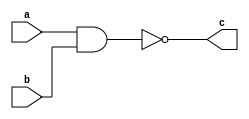
/**
 * @ Author: German Cano Quiveu, germancq
 * @ Create Time: 2019-11-13 16:53:57
 * @ Modified by: Your name
 * @ Modified time: 2019-11-14 12:23:02
 * @ Description:
 */

module nand_gate (
    a,
    b,
    c
);

    parameter N = 1;

    input [N-1:0] a;
    input [N-1:0] b;
    output [N-1:0] c;

    assign c = ~(a & b);

endmodule